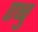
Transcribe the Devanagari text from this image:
एघ्चु